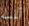
ألمسه